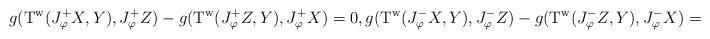
LaTeX: \begin{align*}g(\mathrm{T}^{\mathrm{w}}(J_{\varphi}^+X,Y),J_{\varphi}^+Z)-g(\mathrm{T}^{\mathrm{w}}(J_{\varphi}^+Z,Y),J_{\varphi}^+X)=0, g(\mathrm{T}^{\mathrm{w}}(J_{\varphi}^-X,Y),J_{\varphi}^-Z)-g(\mathrm{T}^{\mathrm{w}}(J_{\varphi}^-Z,Y),J_{\varphi}^-X)=0, \end{align*}